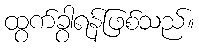
ထွက်ခွာရန်ဖြစ်သည်။